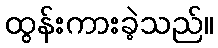
ထွန်းကားခဲ့သည်။